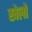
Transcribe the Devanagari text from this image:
खेलोें